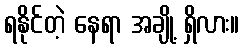
ရနိုင်တဲ့ နေရာ အချို့ ရှိလား။